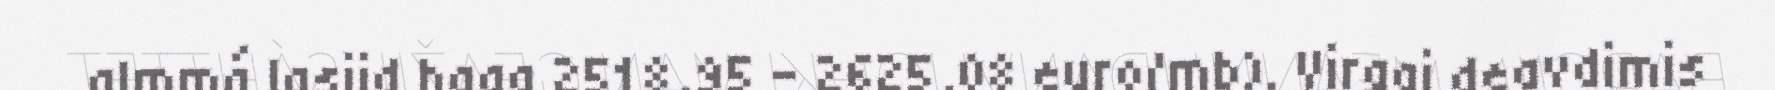
almmá lasiid haga 2518,95 – 2625,08 euro/mb). Virggi deavdimis